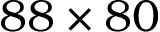
8 8 \times 8 0